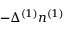
- \Delta ^ { ( 1 ) } n ^ { ( 1 ) }